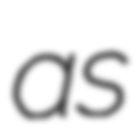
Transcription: as